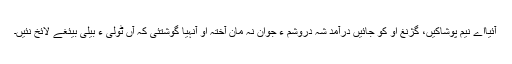
آئیااے نیم پوشاکیں، گژنغ او کو جائیں درآمد شہ دروشم ءَ جوان نہ مان آختہ او آنہیا گوشتئی کہ آں ٹولی ءِ بیلی بیئغے لائخ نئیں۔